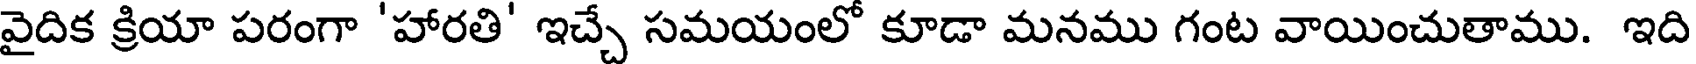
వైదిక క్రియా పరంగా 'హారతి' ఇచ్చే సమయంలో కూడా మనము గంట వాయించుతాము. ఇది